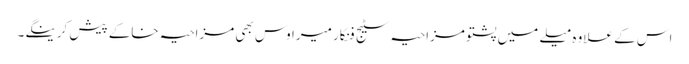
اس کے علاوہ میلے میں پشتو مزاحیہ سٹیج فنکار میراوس بھی مزاحیہ خاکے پیش کرینگے۔